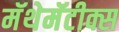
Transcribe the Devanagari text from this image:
मॅथेमॅटीक्स